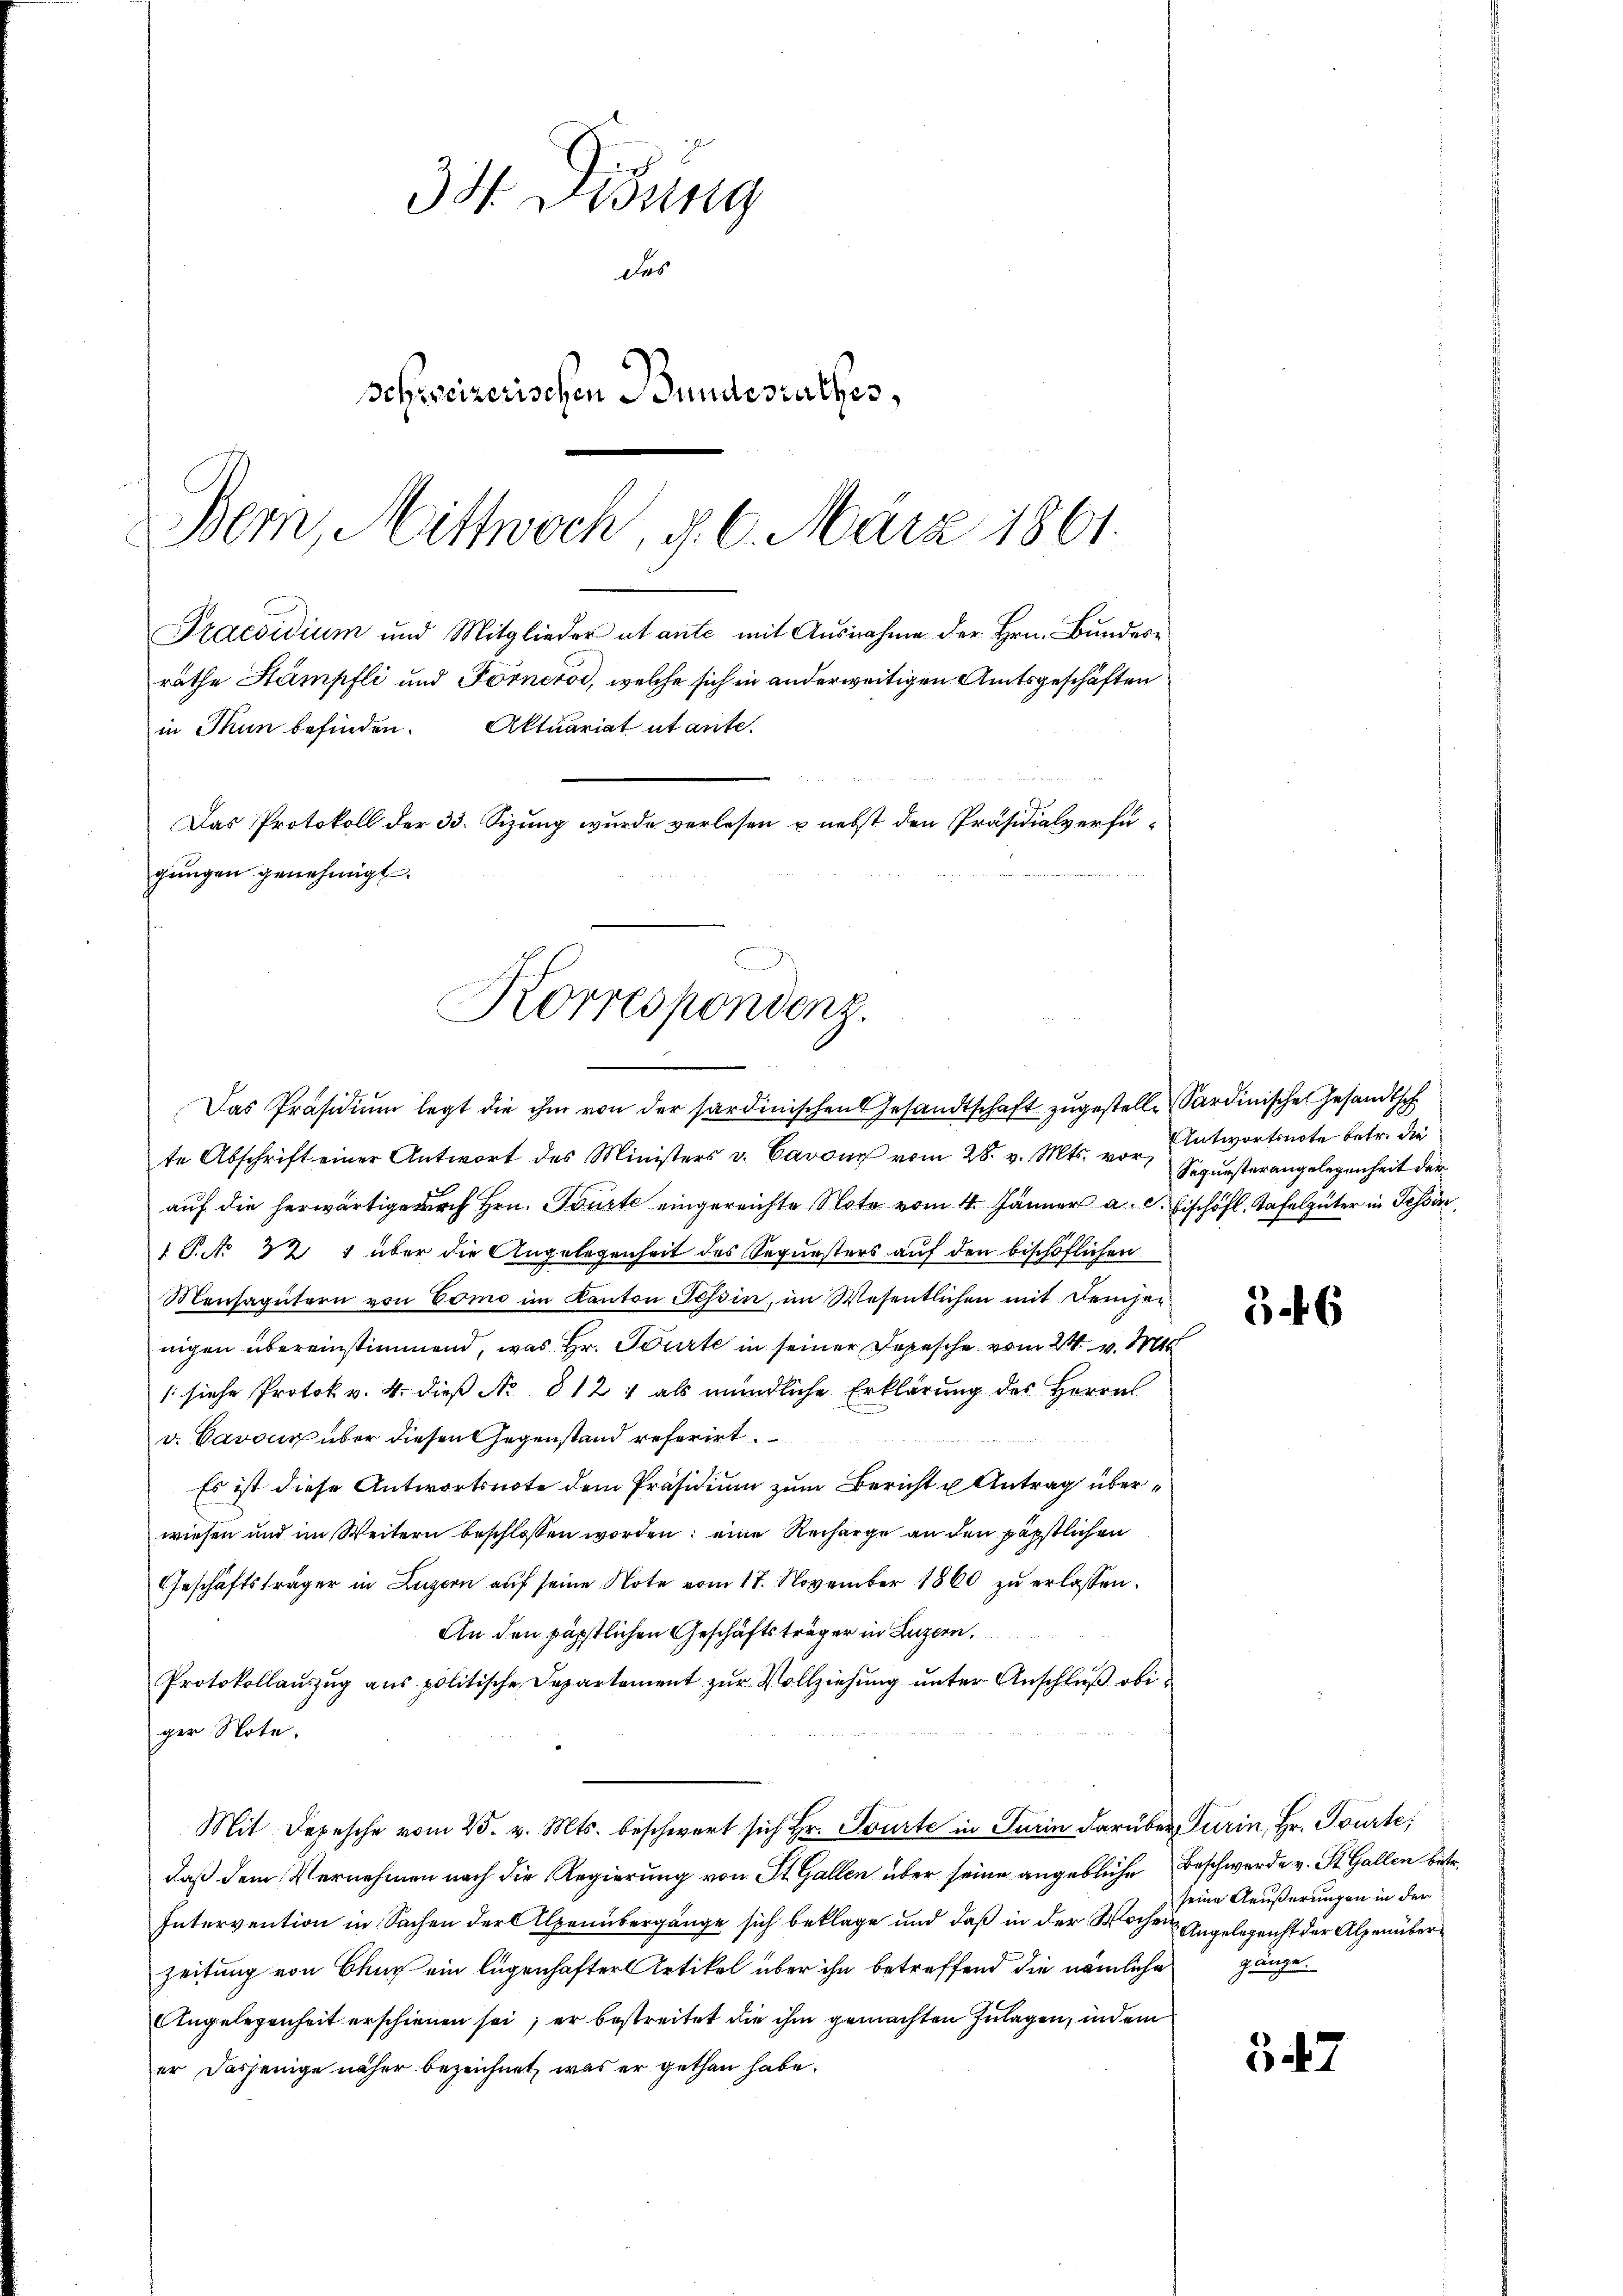
te Abschrift einer Antwort des Ministers v. Cavon vom 28. v. Mts. vor,
auf die herwärtige durch Hrn. Tourte eingereichte Note vom 4. Jänner a. Eischöfl. Tafelgüter in Tessin,
1 P. Nr. 321 über die Angelegenheit des Sequesters auf den beschöflichen
Mansagütern von Como im Kanton Tessin, im Wesentlichen mit Deinheinigen übereinstimmend, was Hr. Würte in seiner Depesche vom 21. v. M
(siehe Protok v. 4. dieß No 812 1 als mündliche Erklärung des Herrn
d. Davon über diesen Gegenstand referirt.
Es ist diese Antwortsnote dem Präsidium zum Bericht u Antrag überwiesen und im Weitern beschlossen worden; eine Recharge an den päpstlichen
Geschäftsträger in Luzern auf seine Note vom 17. November 1860 zu erlassen.
An den päpstlichen Geschäftsträger in Luzern,
Protokollaŭszŭg aŭs politische Departement zŭr Vollziehŭng ŭnter Anschlŭβ obiger Note.
Mit Depesche vom 25. v. Mts. beschwert sich Hr. Tourte in Turin darüber Turin, Hr. Tourte,
daß dem Vernehmen nach die Regierung von St. Gallen über seine angebliche Beschwerde v. St. Gallen betr.
Intervention in Sachen der Alpenübergänge sich beklage und daß in der Wochen Angelegenht der Alpenüberzeitung von Chur ein legenhafter Artikel über ihn betreffend die nämliche
AAngelegenheit erschienen sei; er bestreitet die ihm gemachten Zulagen, indem
er dasjenige näher bezeichnet, was er gethan habe.

33. Disung
des
Schweizerischen Bundesrathes,
Bern, Mittwoch, d. 6. März 1861.
Praesidium und Mitglieder et ante mit Ausnahme der Hrn. Bunder-
rathe Stämpfli und Förneros, welche sich in anderweitigen Amtsgeschäften
in Thun befinden. Aktuariat utante.
Das Protokoll der 33. Sizung wurde verlesen & nebst den Präsidialverfügungen genehmigt.

Korrespondenz.
d
Das Präsidiŭm legt die ihm von der sardinischen Gesandtschaft zŭgestelle Sardinische Gesandtsch

Antwortsnote betr. die
Sequesterangelegenheit der

56

seine Aeußerungen in der
gänge.

347